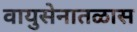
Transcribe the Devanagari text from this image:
वायुसेनातळास